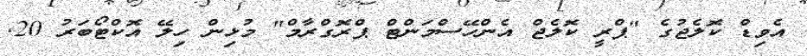
އެވިޑް ކޮލެޖުގެ "ޕްރީ ކޮލެޖް އެންހޭސްމަންޓް ޕްރޮގްރާމް" މުޅިން ހިލޭ އޮކްޓޯބަރު 20